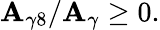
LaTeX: \mathbf{A}_{\gamma8}/\mathbf{A}_{\gamma}\geq0.